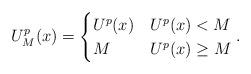
LaTeX: \begin{align*} U^p_M(x) = \begin{cases} U^p(x) & U^p(x) <M\\ M& U^p(x) \ge M \end{cases}. \end{align*}